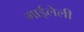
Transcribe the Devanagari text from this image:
गाईलेली